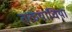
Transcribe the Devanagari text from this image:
तळ्याचिया